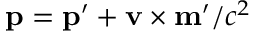
\mathbf p = \mathbf p ^ { \prime } + \mathbf v \times \mathbf m ^ { \prime } / c ^ { 2 }